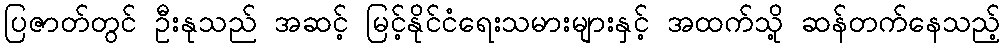
ပြဇာတ်တွင် ဦးနုသည် အဆင့် မြင့်နိုင်ငံရေးသမားများနှင့် အထက်သို့ ဆန်တက်နေသည့်